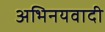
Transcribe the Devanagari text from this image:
अभिनयवादी